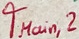
Text: TMain,2